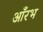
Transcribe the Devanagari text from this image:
आँरभ